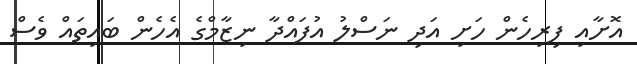
އޮށާއި ފިރިހެން ހަށި އަދި ނަސްލު އުފައްދާ ނިޒާމްގެ އެހެން ބައިތައް ވެސް